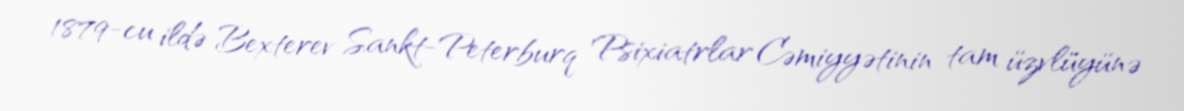
1879-cu ildə Bexterev Sankt-Peterburq Psixiatrlar Cəmiyyətinin tam üzvlüyünə